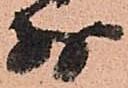
別